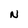
Character: N